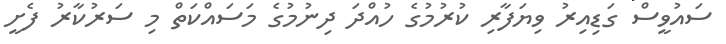
ސައުވީސް ގަޑިއިރު ވިޔަފާރި ކުރުމުގެ ހުއްދަ ދިނުމުގެ މަސައްކަތް މި ސަރުކާރު ފެށީ